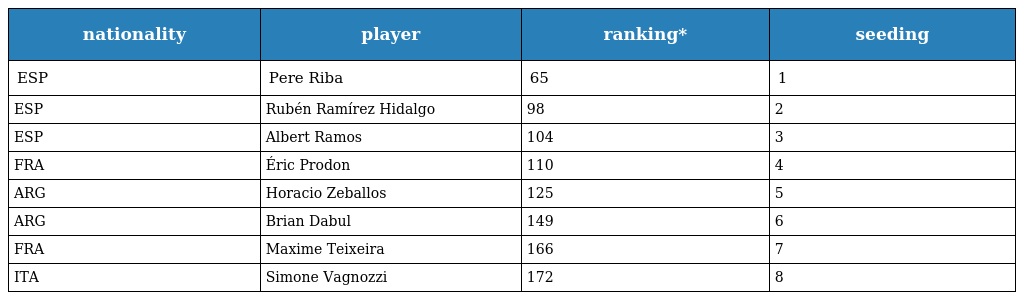
| nationality | player | ranking* | seeding |
 | --- | --- | --- | --- |
 | ESP | Pere Riba | 65 | 1 |
 | ESP | Rubén Ramírez Hidalgo | 98 | 2 |
 | ESP | Albert Ramos | 104 | 3 |
 | FRA | Éric Prodon | 110 | 4 |
 | ARG | Horacio Zeballos | 125 | 5 |
 | ARG | Brian Dabul | 149 | 6 |
 | FRA | Maxime Teixeira | 166 | 7 |
 | ITA | Simone Vagnozzi | 172 | 8 |